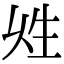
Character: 𤯖